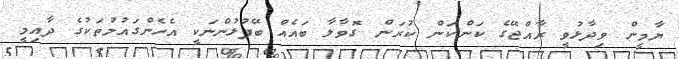
ޔާމީން ވިދާޅުވީ ރާއްޖޭގެ ކަންކަން ކުރަން ގޮވާލާ ބައެއް ބޭފުޅުންނަކީ އެހެންގައުމުތަކުގެ ދާއިމީ